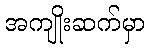
အကျိုးဆက်မှာ